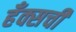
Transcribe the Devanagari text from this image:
हँक्सची